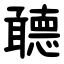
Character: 聼